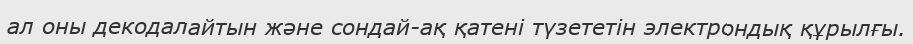
ал оны декодалайтын және сондай-ақ қатені түзететін электрондық құрылғы.